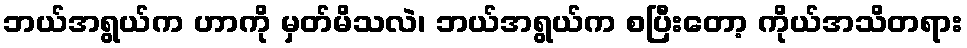
ဘယ်အရွယ်က ဟာကို မှတ်မိသလဲ၊ ဘယ်အရွယ်က စပြီးတော့ ကိုယ်အသိတရား